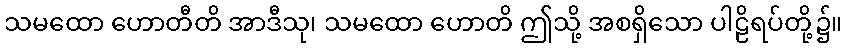
သမထော ဟောတီတိ အာဒီသု၊ သမထော ဟောတိ ဤသို့ အစရှိသော ပါဠိရပ်တို့၌။